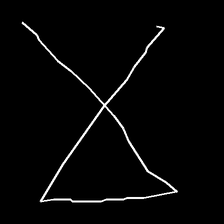
Glyph: collection